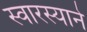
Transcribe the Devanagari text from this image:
स्वारस्याने